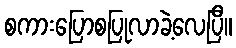
စကားပြောစပြုလာခဲ့လေပြီ။